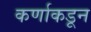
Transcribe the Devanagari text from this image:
कर्णाकडून